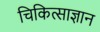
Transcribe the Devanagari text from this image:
चिकित्साज्ञान